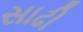
સાઢી